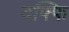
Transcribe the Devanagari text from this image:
दफ्फि